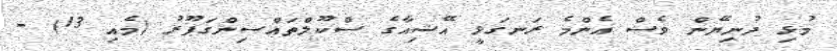
މުޅި ދުނިޔޭން ވެސް އެންމެ ރަނގަޅީ އޭޝިއާގެ ސްކޫލްތައްސިންގަޕޫރު (މެއި 13) -